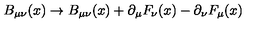
B _ { \mu \nu } ( x ) \rightarrow B _ { \mu \nu } ( x ) + \partial _ { \mu } F _ { \nu } ( x ) - \partial _ { \nu } F _ { \mu } ( x )